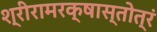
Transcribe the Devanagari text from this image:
श्रीरामरक्षास्तोत्रं